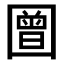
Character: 𭍳